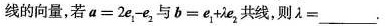
线的向量，若$$a = 2 e_{1} - e_{2}$$，与$$ b = e_{1} + \gammae_{2}$$共线，则\gamma=\underline。